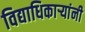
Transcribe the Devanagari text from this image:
विद्याधिकार्‍यांनी